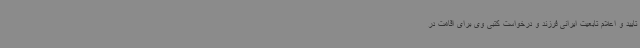
تایید و اعلام تابعیت ایرانی فرزند و درخواست کتبی وی برای اقامت در